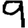
Digit: 9